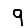
Digit: 9